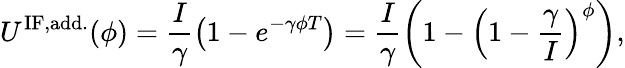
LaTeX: U^{\mathrm{IF,add.}}(\phi)=\frac{I}{\gamma}\left(1-e^{-\gamma\phi T}\right)=\frac{I}{\gamma}\left(1-\left(1-\frac{\gamma}{I}\right)^{\phi}\right),